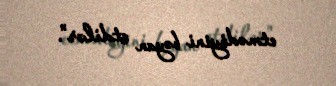
etmədiyini bəyan etdilər".